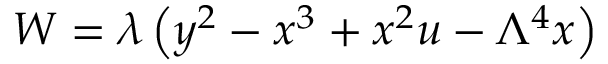
{ \cal W } = \lambda \left( y ^ { 2 } - x ^ { 3 } + x ^ { 2 } u - \Lambda ^ { 4 } x \right)